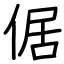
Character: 倨